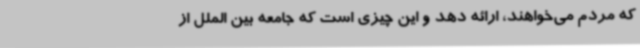
که مردم می‌خواهند، ارائه دهد و این چیزی است که جامعه بین الملل از